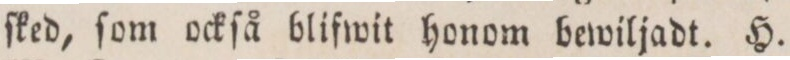
ſked, ſom ockſå blifwit honom bewiljadt. H.